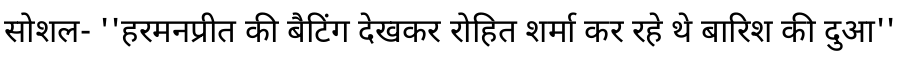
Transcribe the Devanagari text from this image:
सोशल- ''हरमनप्रीत की बैटिंग देखकर रोहित शर्मा कर रहे थे बारिश की दुआ''